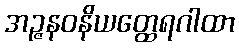
အဉ္ဇနဝနိယတ္ထေရဂါထာ